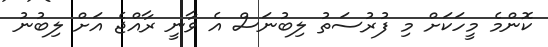
ކޮންމެ މީހަކަށް މި ފުރުސަތު ލިބުނަސް އެ ވާނީ ރާއްޖެ އަށް ލިބުނު